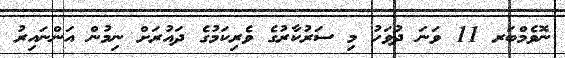
ނޮވެމްބަރ 11 ވަނަ ދުވަހު މި ސަރުކާރުގެ ވެރިކަމުގެ ދައުރަށް ނިމުން އަންނައިރު